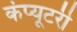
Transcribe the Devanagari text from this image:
कंप्यूटरी